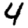
Digit: 4